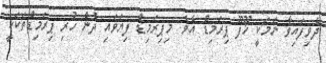
ދެވިފައިވާ ނަމަކީ ޚޫފޫ ޕިރަމިޑް އެވެ. މިޕިރަމިޑް ފިޔަވައި ދެން ހުރި ޕިރަމިޑްތަކަކީ